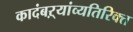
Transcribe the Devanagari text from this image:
कादंबऱ्यांव्यतिरिक्त